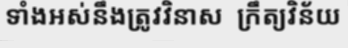
ទាំងអស់នឹងត្រូវវិនាស  ក្រឹត្យវិន័យ